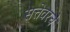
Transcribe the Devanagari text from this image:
सत्तेवरचे